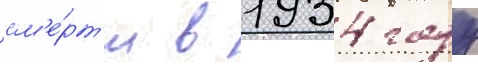
см'е́рт'и в 1934 году